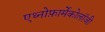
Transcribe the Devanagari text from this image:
एथ्नोफ़ार्मेकोलॉजी